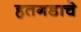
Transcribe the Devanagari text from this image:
हतगडाचे